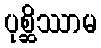
ပုစ္ဆိဿာမ